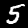
Digit: 5